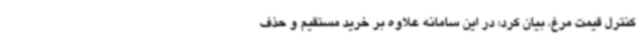
کنترل قیمت مرغ، بیان کرد: در این سامانه علاوه بر خرید مستقیم و حذف